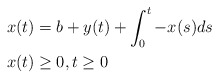
\begin{align*}x(t) &= b + y(t) + \int_0^t-x(s)ds \\x(t) &\ge 0, t \ge 0 \end{align*}